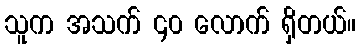
သူက အသက် ၄၀ လောက် ရှိတယ်။